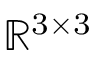
\mathbb { R } ^ { 3 \times 3 }